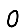
Digit: 0